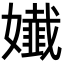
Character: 𡣳